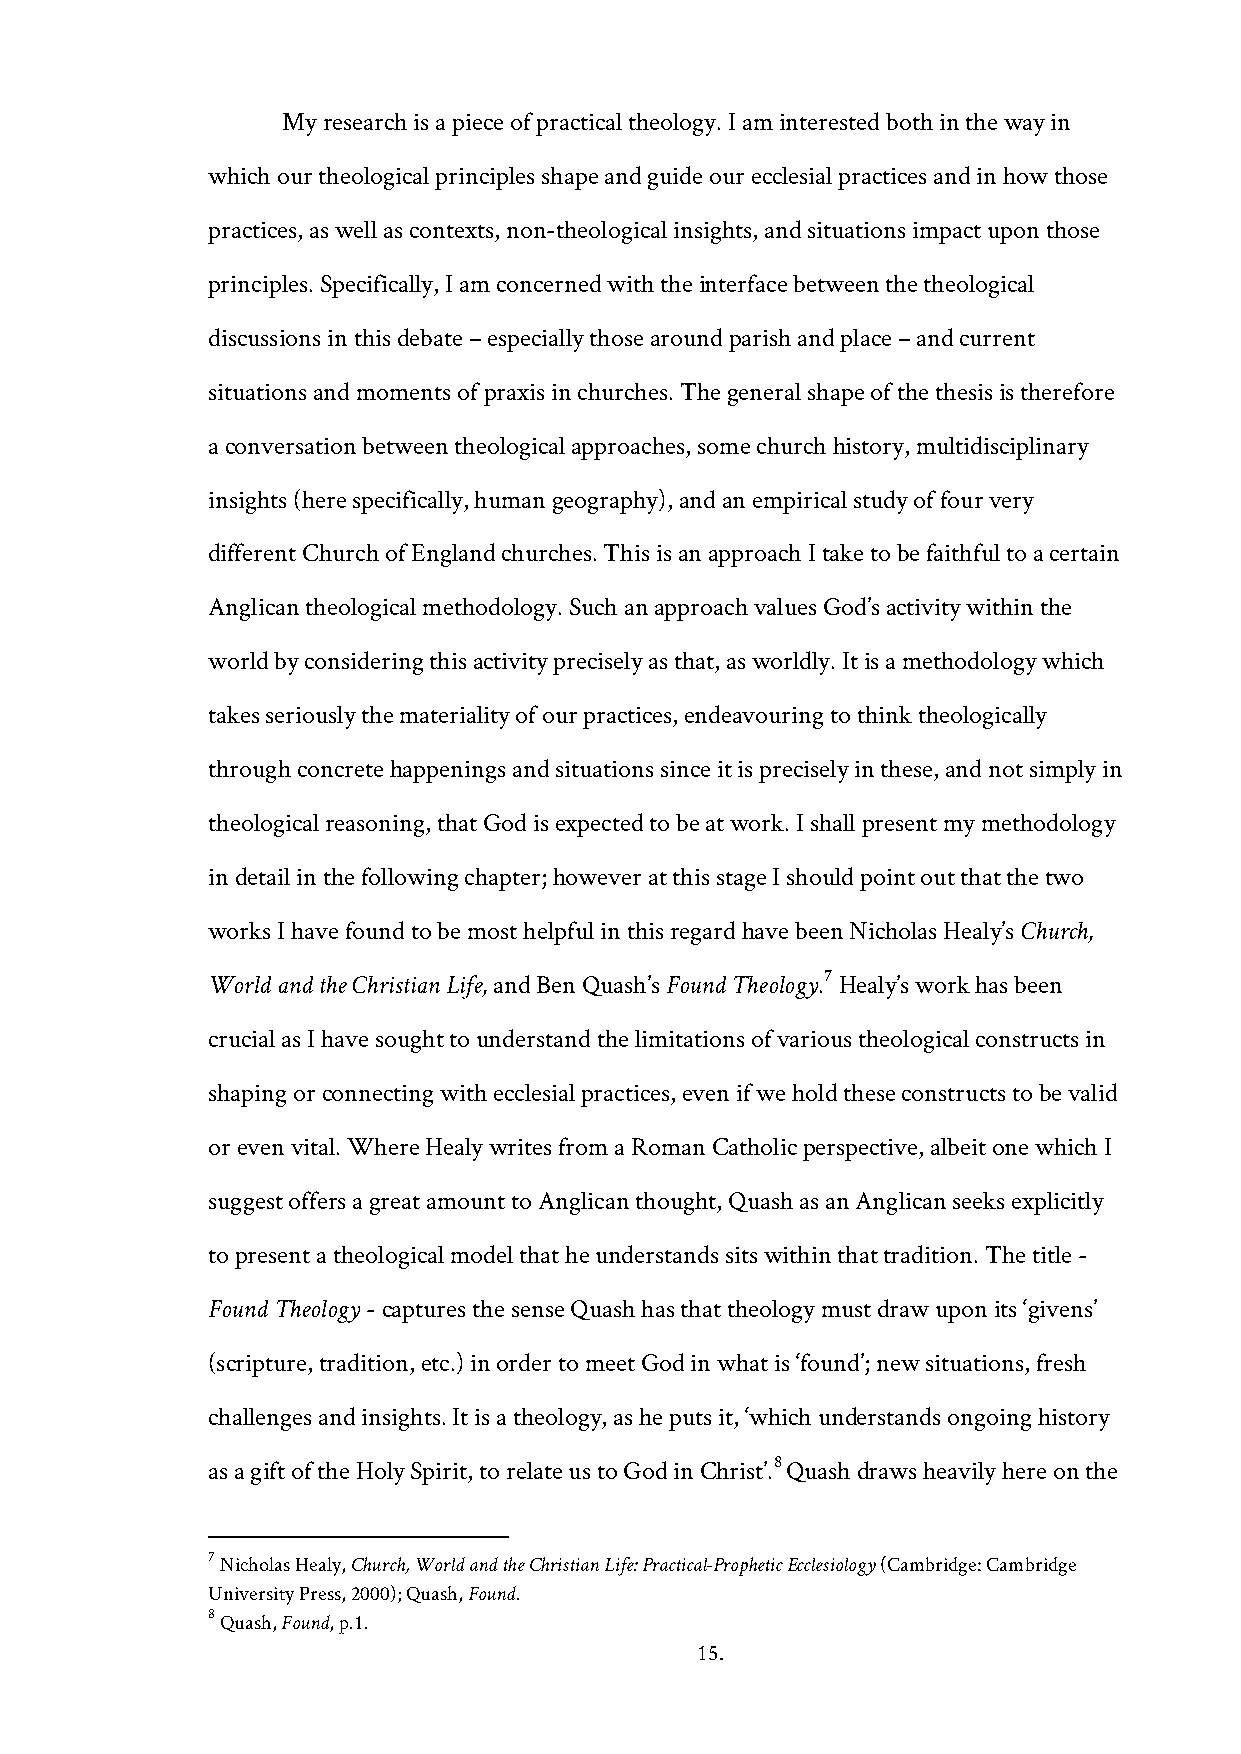
My research is a piece of practical theology. I am interested both in the way in
 which our theological principles shape and guide our ecclesial practices and in how those
 practices, as well as contexts, non-theological insights, and situations impact upon those
 principles. Specifically, I am concerned with the interface between the theological
 discussions in this debate – especially those around parish and place – and current
 situations and moments of praxis in churches. The general shape of the thesis is therefore
 a conversation between theological approaches, some church history, multidisciplinary
 insights (here specifically, human geography), and an empirical study of four very
 different Church of England churches. This is an approach I take to be faithful to a certain
 Anglican theological methodology. Such an approach values God’s activity within the
 world by considering this activity precisely as that, as worldly. It is a methodology which
 takes seriously the materiality of our practices, endeavouring to think theologically
 through concrete happenings and situations since it is precisely in these, and not simply in
 theological reasoning, that God is expected to be at work. I shall present my methodology
 in detail in the following chapter; however at this stage I should point out that the two
 works I have found to be most helpful in this regard have been Nicholas Healy’s Church,
 World and the Christian Life, and Ben Quash’s Found Theology.7 Healy’s work has been
 crucial as I have sought to understand the limitations of various theological constructs in
 shaping or connecting with ecclesial practices, even if we hold these constructs to be valid
 or even vital. Where Healy writes from a Roman Catholic perspective, albeit one which I
 suggest offers a great amount to Anglican thought, Quash as an Anglican seeks explicitly
 to present a theological model that he understands sits within that tradition. The title -
 Found Theology - captures the sense Quash has that theology must draw upon its ‘givens’
 (scripture, tradition, etc.) in order to meet God in what is ‘found’; new situations, fresh
 challenges and insights. It is a theology, as he puts it, ‘which understands ongoing history
 8
 as a gift of the Holy Spirit, to relate us to God in Christ’. Quash draws heavily here on the
 7 Nicholas Healy, Church, World and the Christian Life: Practical-Prophetic Ecclesiology (Cambridge: Cambridge
 University Press, 2000); Quash, Found.
 8 Quash, Found, p.1.
 15.